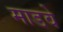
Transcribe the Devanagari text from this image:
माडवे